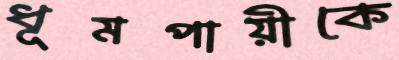
ধূমপায়ীকে